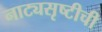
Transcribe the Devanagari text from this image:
नाट्यसृष्टीची